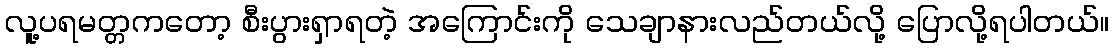
လူ့ပရမတ္တကတော့ စီးပွားရှာရတဲ့ အကြောင်းကို သေချာနားလည်တယ်လို့ ပြောလို့ရပါတယ်။